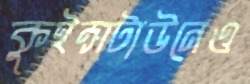
কুইন্সটাউনেও